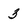
Character: 3